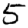
Digit: 5